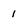
Character: 1